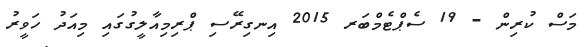
މަސް ކުރިން - 19 ސެޕްޓެމްބަރ 2015 އިނގިރޭސި ޕްރިމިއާލީގުގައި މިއަދު ހަވީރު